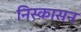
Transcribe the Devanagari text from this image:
निस्कासन